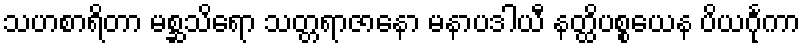
သဟစာရိတာ မစ္ဆသိရော သတ္တရာဇာနော မနာပဒါယီ နတ္ထိပစ္စယေန ပိယင်္ဂုကာ